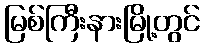
မြစ်ကြီးနားမြို့တွင်